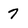
Character: 7